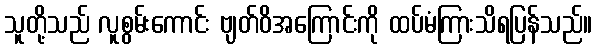
သူတို့သည် လူစွမ်းကောင်း ဗျတ်ဝိအကြောင်းကို ထပ်မံကြားသိရပြန်သည်။